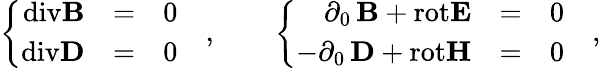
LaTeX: \left\{ \begin{array}{rcl}{{\mathrm{div}{\mathbf B}}}&{{=}}&{{0}}\\ {{\mathrm{div}{\mathbf D}}}&{{=}}&{{0}}\end{array}\right.\quad,\qquad\left\{ \begin{array}{rcl}{{\phantom{-}\partial_{0}\, {\mathbf B}{}+{}\mathrm{rot}{\mathbf E}}}&{{=}}&{{0}}\\ {{-\partial_{0}\, {\mathbf D}{}+{}\mathrm{rot}{\mathbf H}}}&{{=}}&{{0}}\end{array}\right.\quad,